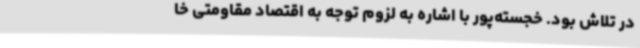
در تلاش بود. خجسته‌پور با اشاره به لزوم توجه به اقتصاد مقاومتی خا